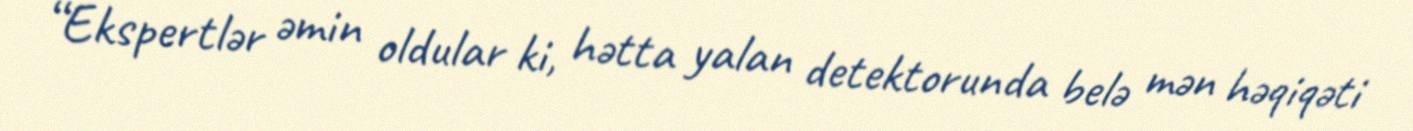
“Ekspertlər əmin oldular ki, hətta yalan detektorunda belə mən həqiqəti